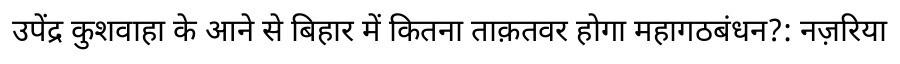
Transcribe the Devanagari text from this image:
उपेंद्र कुशवाहा के आने से बिहार में कितना ताक़तवर होगा महागठबंधन?: नज़रिया